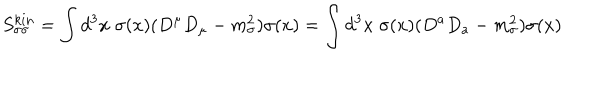
S _ { \sigma \sigma } ^ { k i n } = \int d ^ { 3 } x \; \sigma ( x ) ( D ^ { \mu } D _ { \mu } - m _ { \sigma } ^ { 2 } ) \sigma ( x ) = \int d ^ { 3 } x \; \sigma ( x ) ( D ^ { a } D _ { a } - m _ { \sigma } ^ { 2 } ) \sigma ( x )